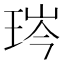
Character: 琌